Indian journal of veterinary science and animal husbandry - Volumes 24-25, 1954-1955
Year: 1954
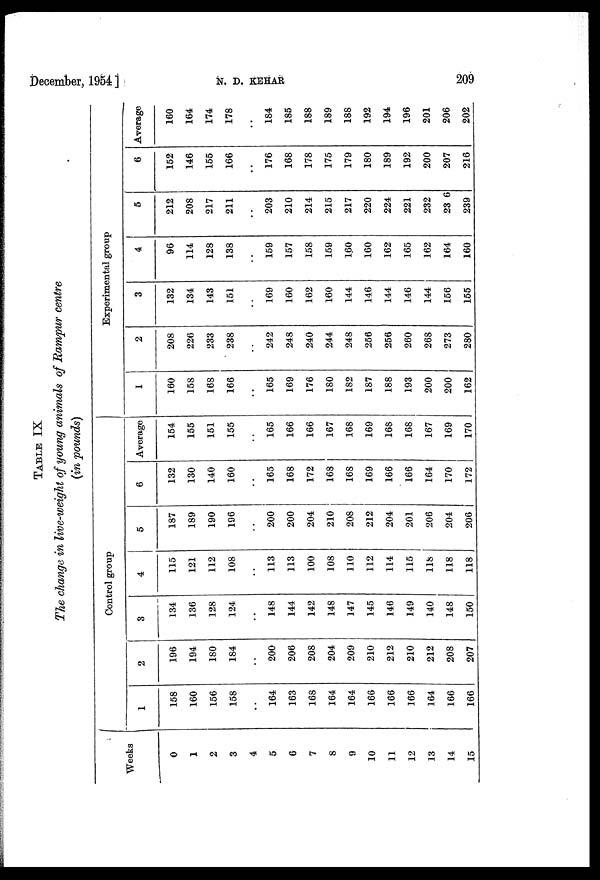
December, 1954 ]
N.
D.
KEHAR
209
TABLE IX
The change in live-weight of young animals of Rampur centre
(in pounds)
Weeks
0
1
2
3
4
5
6
7
8
9
10
11
12
13
14
15
Control group
1
158
160
156
158
..
164
163
168
164
164
166
166
166
164
166
166
2
196
194
180
184
..
200
206
208
204
209
210
212
210
212
208
207
3
134
136
128
124
..
148
144
142
148
147
145
146
149
140
148
150
4
115
121
112
108
..
113
113
100
108
110
112
114
115
118
118
118
5
187
189
190
196
..
200
200
204
210
208
212
204
201
206
204
206
6
132
130
140
160
..
165
168
172
168
168
169
166
166
164
170
172
Average
154
155
151
155
..
165
166
166
167
168
169
168
168
167
169
170
Experimental group
1
160
158
168
166
..
165
169
176
180
182
187
188
193
200
200
162
2
208
226
233
238
..
242
248
240
244
248
256
256
260
268
273
280
3
132
134
143
151
..
169
160
162
160
144
146
144
146
144
156
155
4
96
114
128
138
..
159
157
158
159
160
160
162
165
162
164
160
5
212
208
217
211
..
203
210
214
215
217
220
224
221
232
236
239
6
152
146
155
166
..
176
168
178
175
179
180
189
192
200
207
216
Average
160
164
174
178
..
184
185
188
189
188
192
194
196
201
206
202